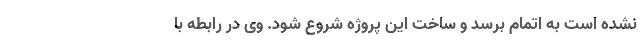
نشده است به اتمام برسد و ساخت این پروژه شروع شود. وی در رابطه با